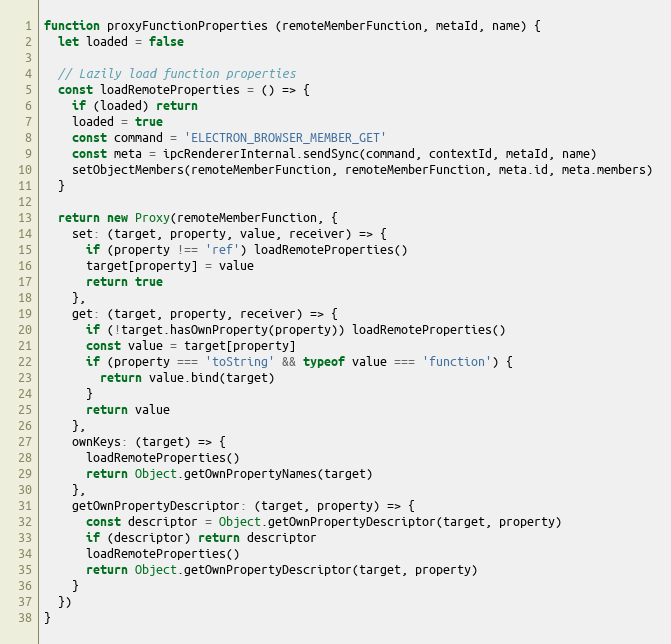
Language: JavaScript
function proxyFunctionProperties (remoteMemberFunction, metaId, name) {
  let loaded = false

  // Lazily load function properties
  const loadRemoteProperties = () => {
    if (loaded) return
    loaded = true
    const command = 'ELECTRON_BROWSER_MEMBER_GET'
    const meta = ipcRendererInternal.sendSync(command, contextId, metaId, name)
    setObjectMembers(remoteMemberFunction, remoteMemberFunction, meta.id, meta.members)
  }

  return new Proxy(remoteMemberFunction, {
    set: (target, property, value, receiver) => {
      if (property !== 'ref') loadRemoteProperties()
      target[property] = value
      return true
    },
    get: (target, property, receiver) => {
      if (!target.hasOwnProperty(property)) loadRemoteProperties()
      const value = target[property]
      if (property === 'toString' && typeof value === 'function') {
        return value.bind(target)
      }
      return value
    },
    ownKeys: (target) => {
      loadRemoteProperties()
      return Object.getOwnPropertyNames(target)
    },
    getOwnPropertyDescriptor: (target, property) => {
      const descriptor = Object.getOwnPropertyDescriptor(target, property)
      if (descriptor) return descriptor
      loadRemoteProperties()
      return Object.getOwnPropertyDescriptor(target, property)
    }
  })
}